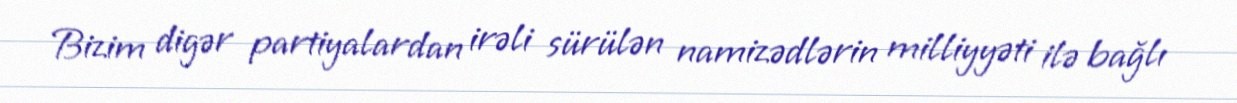
Bizim digər partiyalardan irəli sürülən namizədlərin milliyyəti ilə bağlı